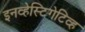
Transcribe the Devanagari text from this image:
इनव्हेस्टिगेटिव्ह